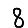
Digit: 8